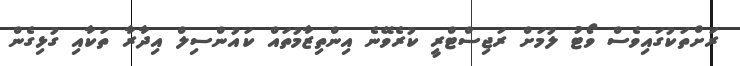
ރަށްތަކުގައިވެސް ވޯޓު ލުމަށް ރަޖިސްޓްރީ ކުރެވޭނެ އިންތިޒާމުތައް ކައުންސިލް އިދާރާ ތަކާއި ގުޅިގެން